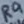
Text: R9